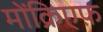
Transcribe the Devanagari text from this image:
मोंक्रिएफ़